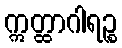
ဣတ္ထာဂါရဉ္စ